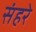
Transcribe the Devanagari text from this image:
संहरे